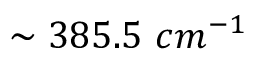
\sim 3 8 5 . 5 \ c m ^ { - 1 }